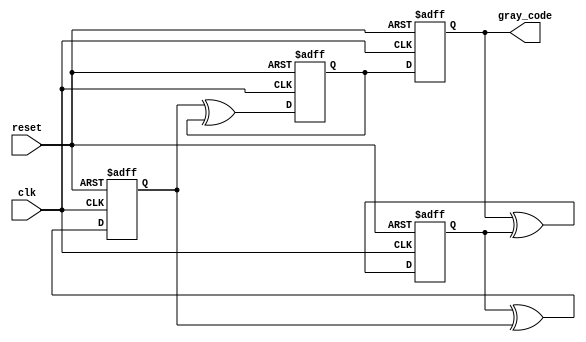
module gray_code_ring_counter(
    input wire clk,
    input wire reset,
    output reg [3:0] gray_code
);

reg [3:0] q [0:3];

always @ (posedge clk or posedge reset) begin
    if (reset) begin
        q[0] <= 4'b0000;
        q[1] <= 4'b0001;
        q[2] <= 4'b0011;
        q[3] <= 4'b0010;
    end else begin
        q[0] <= q[3];
        q[1] <= q[0] ^ q[1];
        q[2] <= q[1] ^ q[2];
        q[3] <= q[2] ^ q[3];
    end
end

assign gray_code = q[0];

endmodule